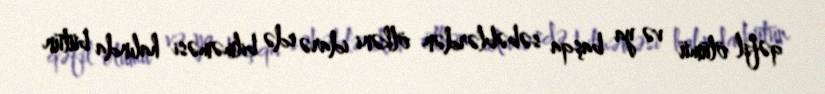
qəfil ölümü və ya başqa səbəblərdən ölkəni idarə edə bilməməsi halında bütün